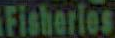
Fisheries